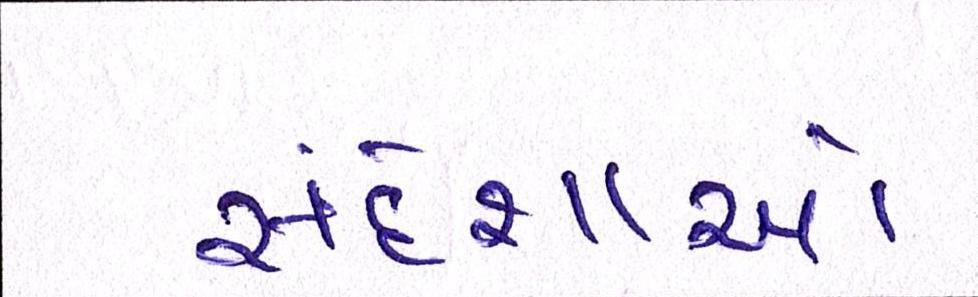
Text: સંદેશાઓ